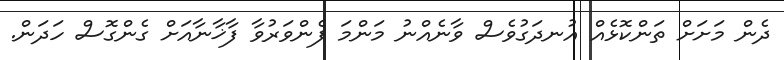
ދެން މަށަށް ތަންކޮޅެއް އުނދަގުވެސް ވާނެއްނު މަންމަ ފެންވަރުވާ ފާޚާނާއަށް ގެންގޮސް ހަދަން.